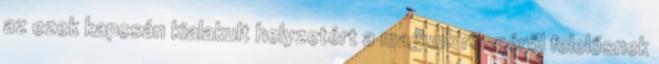
az ezek kapcsán kialakult helyzetért a magunk részéről felelősnek